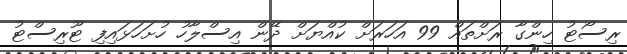
ރިސޯޓު ހިންގާ ރަށްތައް 99 އަހަރަށް ކުއްޔަށް ދޭން އިސްލާހު ހުށަހަޅައިފި ޓޫރިސްޓު